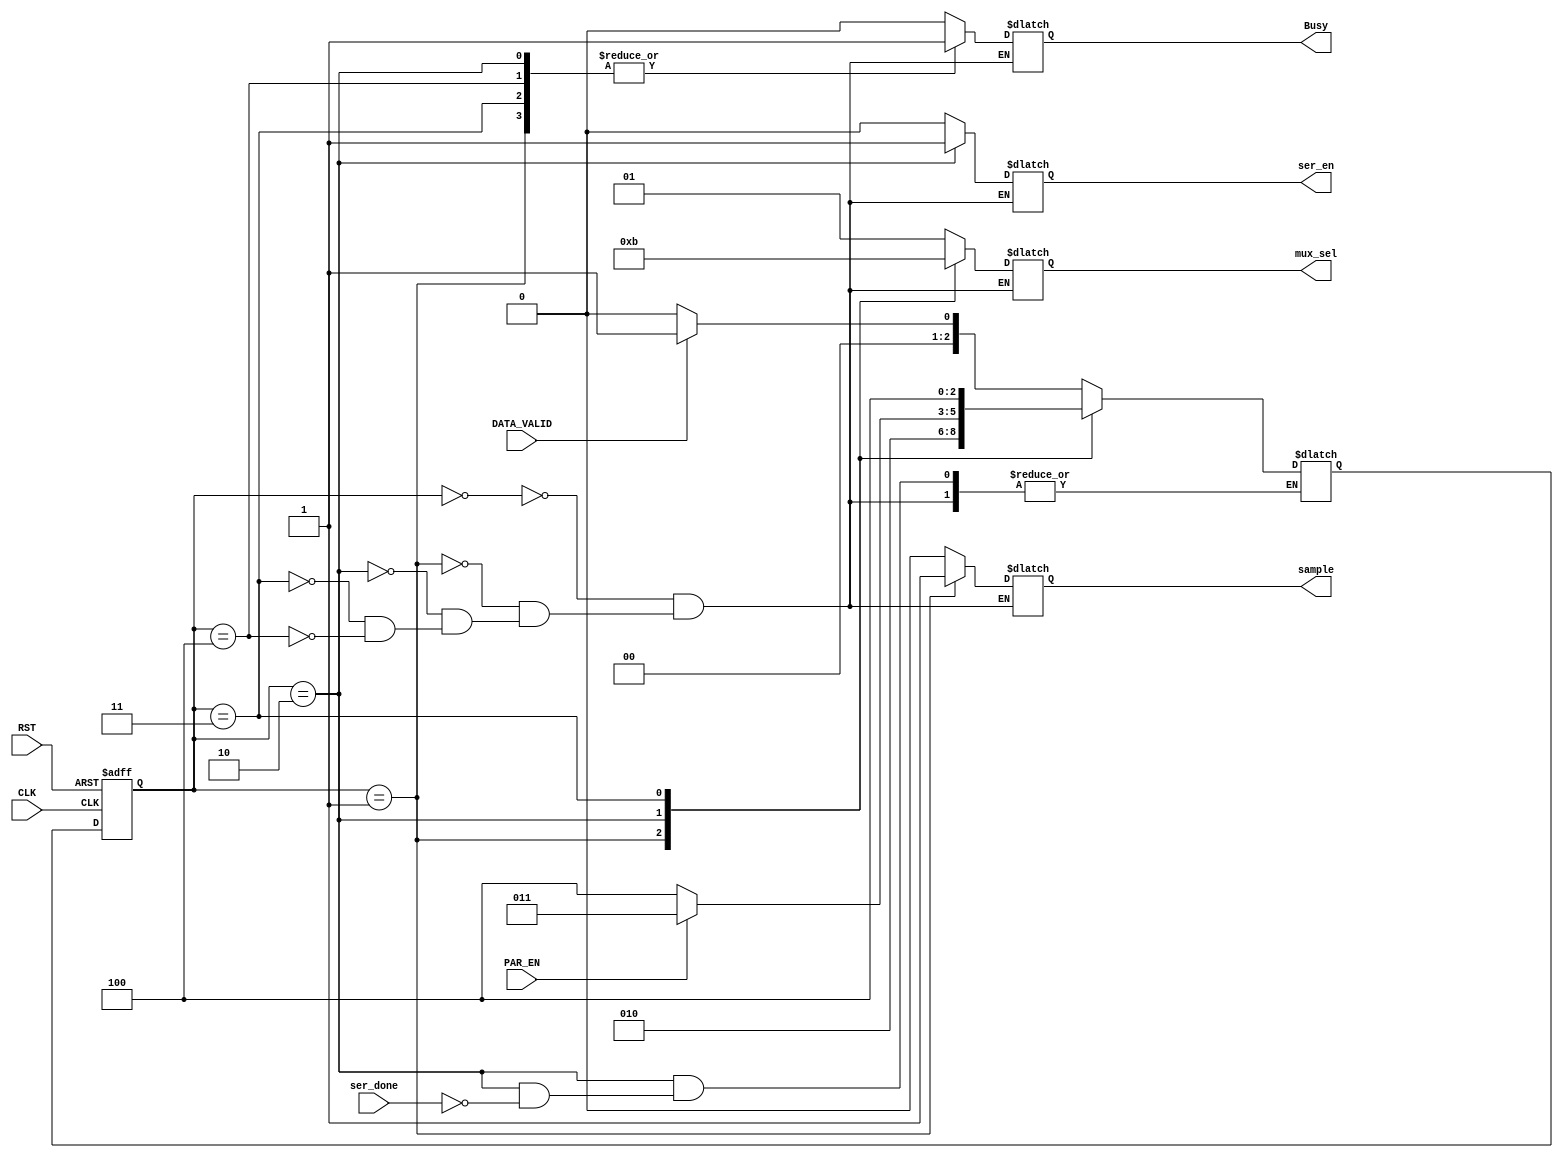
module Tx_FSM
(
    input   wire                CLK,
    input   wire                RST,
    input   wire                PAR_EN,
    input   wire                DATA_VALID,
    input   wire                ser_done,
    output  reg                 ser_en,
    output  reg                 sample,
    output  reg     [1:0]       mux_sel,
    output  reg                 Busy
);
    localparam [2:0]    IDLE_STATE      = 3'b000,
                        START_STATE     = 3'b001,
                        DATA_STATE      = 3'b010,
                        PARITY_STATE    = 3'b011,
                        STOP_STATE      = 3'b100;

    reg     [2:0]   next_state;
    reg     [2:0]   current_state;

    /*******************************************************/
    /****************** state transition *******************/
    /*******************************************************/
    always @(posedge CLK, negedge RST ) 
        begin
            if (!RST) begin
                current_state <= IDLE_STATE;
            end else begin
                current_state <= next_state;    
            end
        end


    /*******************************************************/
    /****************** output logic ***********************/
    /*******************************************************/
    always @(*) begin
        case(current_state)
            IDLE_STATE:
                begin
                    Busy    =   0;
                    ser_en  =   0;
                    sample  =   0;
                    mux_sel =   2'b01;
                end
            START_STATE:
                begin
                    Busy    =   1;
                    ser_en  =   0;
                    sample  =   1;
                    mux_sel =   2'b00;
                end
            DATA_STATE:
                begin
                    Busy    =   1;
                    ser_en  =   1;
                    sample  =   0;
                    mux_sel =   2'b10;
                end
            PARITY_STATE:
                begin
                    Busy    =   1;
                    ser_en  =   0;
                    sample  =   0;
                    mux_sel =   2'b11;
                end
            STOP_STATE:
                begin
                    Busy    =   1;
                    ser_en  =   0;
                    sample  =   0;
                    mux_sel =   2'b01;
                end
        endcase
    end


    /*******************************************************/
    /****************** next state logic *******************/
    /*******************************************************/
    always @(*) begin
        case (current_state)
            IDLE_STATE:
                begin
                    if(DATA_VALID)
                        next_state  =   START_STATE;
                    else
                        next_state  =   IDLE_STATE;    
                end
                
            START_STATE:
                begin
                    next_state  =   DATA_STATE;    
                end
                
            DATA_STATE:
                begin
                    if (ser_done) begin
                        if (PAR_EN) begin
                            next_state  =   PARITY_STATE;
                        end else begin
                            next_state  =   STOP_STATE;
                        end
                    end    
                end
                
            PARITY_STATE:
                begin
                    next_state  =   STOP_STATE;
                end
                
            STOP_STATE:
                begin
                    if(DATA_VALID)
                        next_state  =   START_STATE;
                    else
                        next_state  =   IDLE_STATE; 
                end
                
                    
        endcase
    end

endmodule